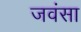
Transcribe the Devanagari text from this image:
जवंसा